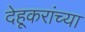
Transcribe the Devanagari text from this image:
देहूकरांच्या